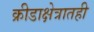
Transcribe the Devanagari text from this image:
क्रीडाक्षेत्रातही